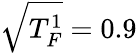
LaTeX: \sqrt{T_{F}^{1}}=0.9